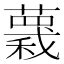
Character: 𧀅